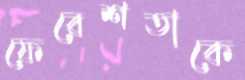
ফেরেশতাকে